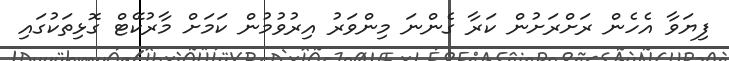
ފިޔަވާ އެހެން ރަށްރަށުން ކަރާ ގެންނަ މިންވަރު އިރުވުމުން ކަމަށް މާރުކޭޓް ގޮޅިތަކުގައި